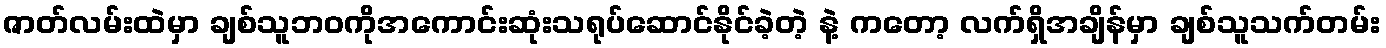
ဇာတ်လမ်းထဲမှာ ချစ်သူဘဝကိုအကောင်းဆုံးသရုပ်ဆောင်နိုင်ခဲ့တဲ့ နဲ့ ကတော့ လက်ရှိအချိန်မှာ ချစ်သူသက်တမ်း